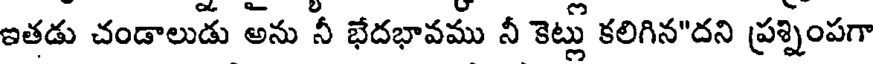
ఇతడు చండాలుడు అను నీ భేదభావము నీ కెట్లు కలిగిన"దని ప్రశ్నింపగా